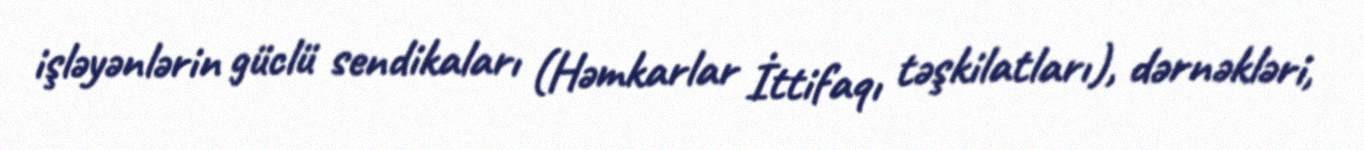
işləyənlərin güclü sendikaları (Həmkarlar İttifaqı təşkilatları), dərnəkləri,